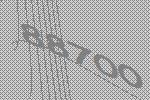
88700